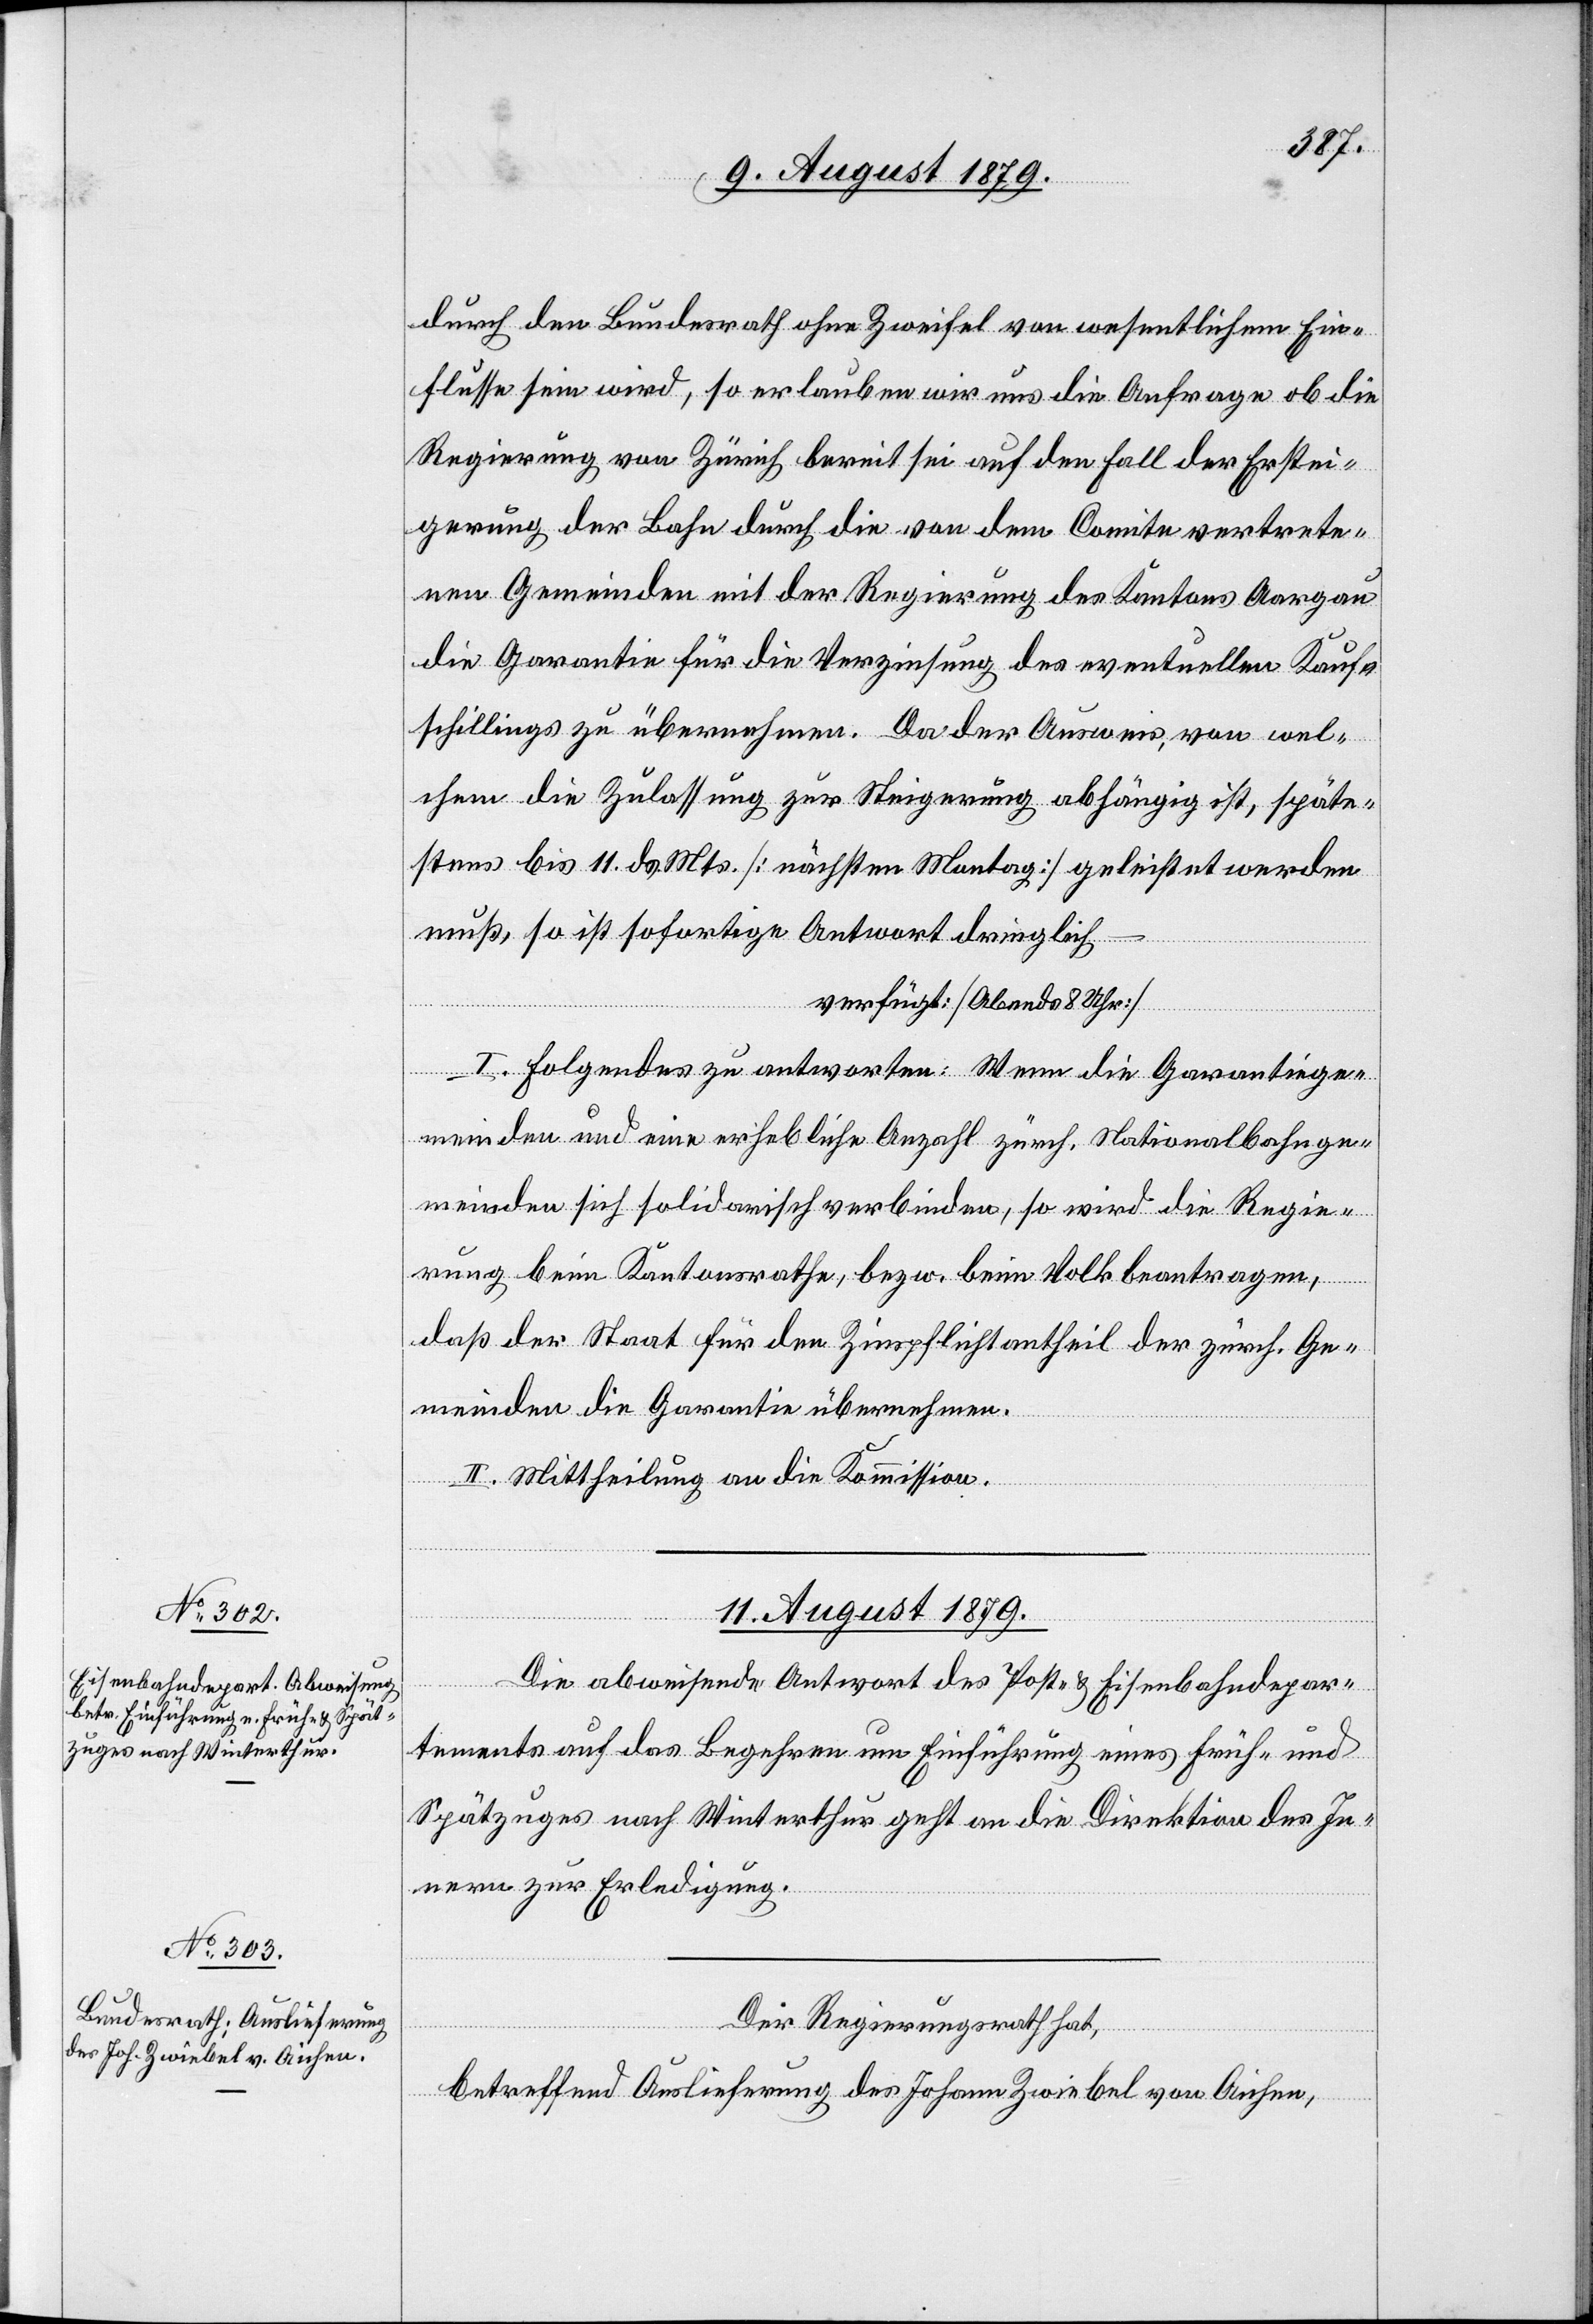
durch den Bundesrath ohne Zweifel von wesentlichem Ein¬
flusse sein wird, so erlauben wir uns die Anfrage ob die
Regierung von Zürich bereit sei auf den Fall der Erstei¬
gerung der Bahn durch die von dem Comite vertrete¬
nen Gemeinden mit der Regierung des Kantons Aargau
die Garantie für die Verzinsung des eventuellen Kauf¬
schillings zu übernehmen. Da der Ausweis, von wel¬
chem die Zulassung zur Steigerung abhängig ist, späte¬
stens bis 11. ds. Mts. [nächsten Montag] geleistet werden
muß, so ist sofortige Antwort dringlich
verfügt: [Abends 8 Uhr]
I. Folgendes zu antworten: Wenn die Garantiege¬
meinden und eine erhebliche Anzahl zürch. Nationalbahnge¬
meinden sich solidarisch verbinden, so wird die Regie¬
rung beim Kantonsrathe, bezw. beim Volk beantragen,
daß der Staat für den Zinspflichtantheil der zürch. Ge¬
meinden die Garantie übernehmen.
II. Mittheilung an die Kommission.
11. August 1879.]
Die abweisende Antwort des Post- & Eisenbahndepar¬
tements auf das Begehren um Einführung eines Früh- und
Spätzuges nach Winterthur geht an die Direktion des In¬
nern zur Erledigung.
–
Der Regierungsrath hat,
betreffend Auslieferung des Johann Zwiebel von Aichen,